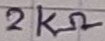
Text: 2KΩ